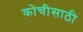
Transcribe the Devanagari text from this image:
कोचीसाठी